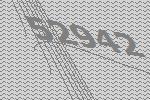
52942